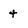
Character: 4